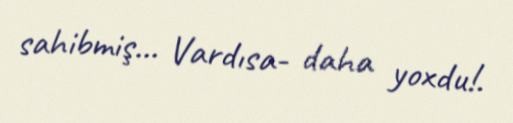
sahibmiş... Vardısa- daha yoxdu!.